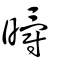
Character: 㬭